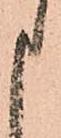
申